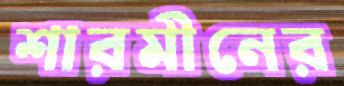
শারমীনের